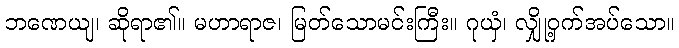
ဘဏေယျ၊ ဆိုရာ၏။ မဟာရာဇ၊ မြတ်သောမင်းကြီး။ ဂုယှံ၊ လျှို့ဝှက်အပ်သော။